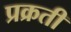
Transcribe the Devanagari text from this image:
प्रक्रती